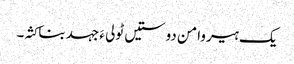
یک ہیروامن دوستیں ٹولی ءَ جہد بناکثہ۔